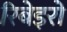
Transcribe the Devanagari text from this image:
रिबेइरो